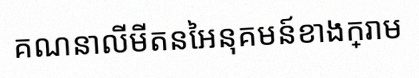
គណនាលីមីតនៃអនុគមន៍ខាងក្រោម